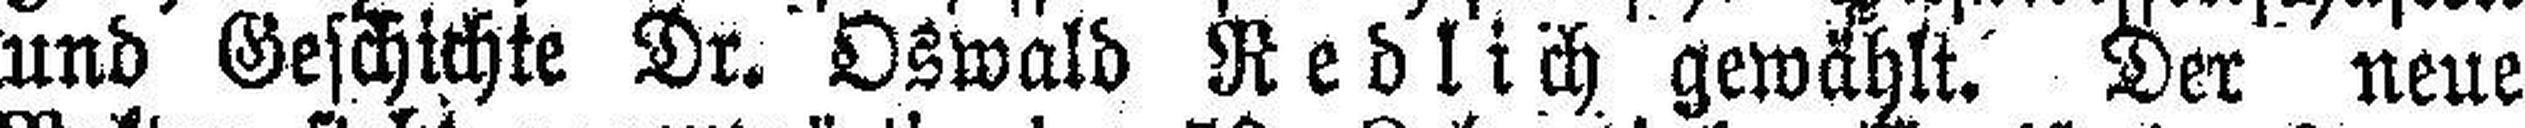
und Geschichte Dr. Oswald Redlich gewählt. Der neue